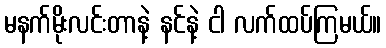
မနက်မိုးလင်းတာနဲ့ နင်နဲ့ ငါ လက်ထပ်ကြမယ်။